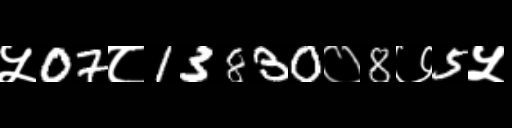
Text: ५07८13830०8७5५